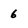
Character: 6